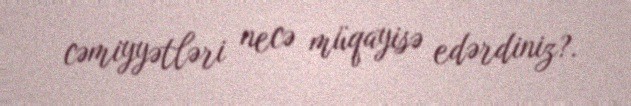
cəmiyyətləri necə müqayisə edərdiniz?.